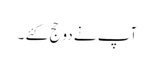
آپ نے دو حج کئے ۔